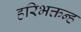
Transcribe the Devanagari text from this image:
हरिभक्तन्ह